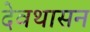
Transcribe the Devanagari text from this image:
देवथासन